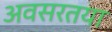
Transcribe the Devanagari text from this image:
अवसरतया